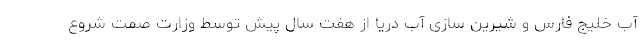
آب خلیج فارس و شیرین سازی آب دریا از هفت سال پیش توسط وزارت صمت شروع